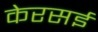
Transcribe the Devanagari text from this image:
केरसई